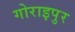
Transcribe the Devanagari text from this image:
गोराइपुर